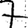
Digit: 7